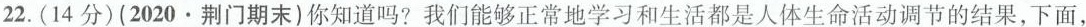
22.(14分)(2020.荆门期末)你知道吗?我们能够正常地学习和生活都是人体生命活动调节的结果，下面，